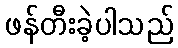
ဖန်တီးခဲ့ပါသည်